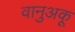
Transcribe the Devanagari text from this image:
वानुअकू